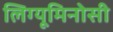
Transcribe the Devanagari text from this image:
लिग्यूमिनोसी